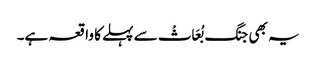
یہ بھی جنگ بُعَاثْ سے پہلے کا واقعہ ہے۔